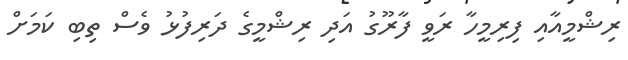
ރިޝްމީއާއި ފިރިމީހާ ރަވީ ފާރޫގު އަދި ރިޝްމީގެ ދަރިފުޅު ވެސް ތިބި ކަމަށް